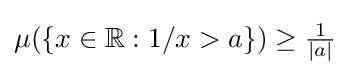
\mu (\{x\in \mathbb {R} :1/x>a\})\geq {\tfrac {1}{|a|}}